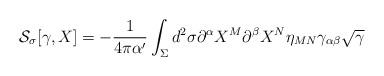
LaTeX: \begin{align*}{\cal S}_\sigma[\gamma, X] =-\frac{1}{4\pi\alpha '}\int_\Sigma d^2\sigma \partial^\alpha X^M \partial^\beta X^N \eta_{MN} \gamma_{\alpha\beta}\sqrt{\gamma}\end{align*}